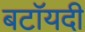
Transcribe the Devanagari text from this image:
बटॉयदी